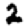
Digit: 2